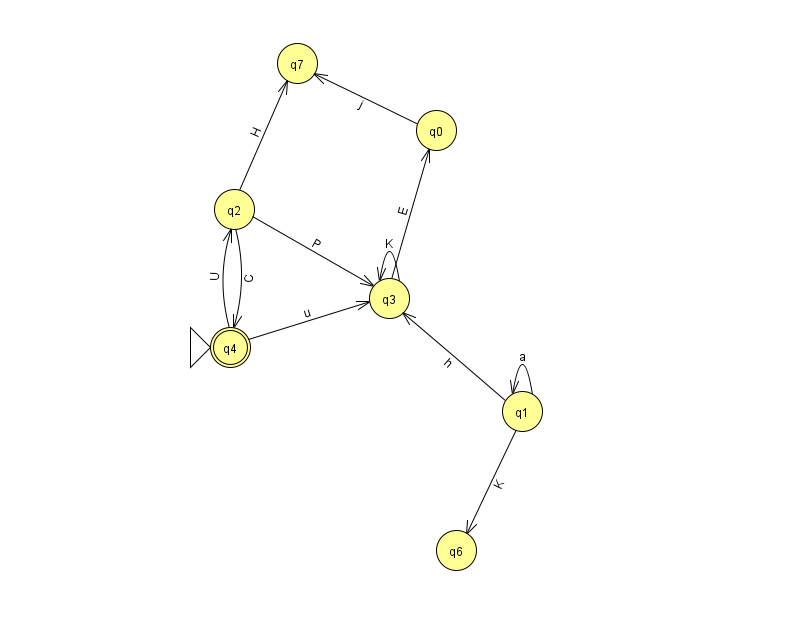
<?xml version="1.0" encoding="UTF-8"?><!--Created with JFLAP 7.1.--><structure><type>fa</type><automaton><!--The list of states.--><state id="0" name="q0"><x>436.0</x><y>117.0</y></state><state id="1" name="q1"><x>522.0</x><y>398.0</y></state><state id="2" name="q2"><x>234.0</x><y>196.0</y></state><state id="3" name="q3"><x>389.0</x><y>285.0</y></state><state id="4" name="q4"><x>230.0</x><y>334.0</y><initial/><final/></state><state id="6" name="q6"><x>456.0</x><y>537.0</y></state><state id="7" name="q7"><x>297.0</x><y>50.0</y></state><!--The list of transitions.--><transition><from>1</from><to>1</to><read>a</read></transition><transition><from>2</from><to>3</to><read>P</read></transition><transition><from>2</from><to>7</to><read>H</read></transition><transition><from>4</from><to>3</to><read>u</read></transition><transition><from>1</from><to>6</to><read>K</read></transition><transition><from>3</from><to>0</to><read>E</read></transition><transition><from>4</from><to>2</to><read>U</read></transition><transition><from>0</from><to>7</to><read>j</read></transition><transition><from>3</from><to>3</to><read>K</read></transition><transition><from>2</from><to>4</to><read>C</read></transition><transition><from>1</from><to>3</to><read>h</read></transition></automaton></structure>